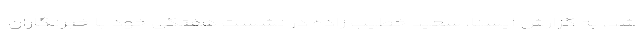
شد. به گزارش ایسنا، سعید خطیب زاده در نشست هفتگی خود با خبرنگاران